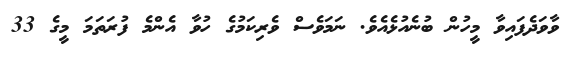
ވާވަދެފައިވާ މީހުން ބުނެއުޅެއެވެ. ނަމަވެސް ވެރިކަމުގެ ހުވާ އެންމެ ފުރަތަމަ މީގެ 33